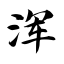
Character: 浑